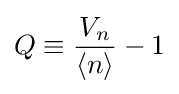
Q\equiv {\frac {V_{n}}{\langle n\rangle }}-1